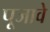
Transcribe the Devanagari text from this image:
पूजावे